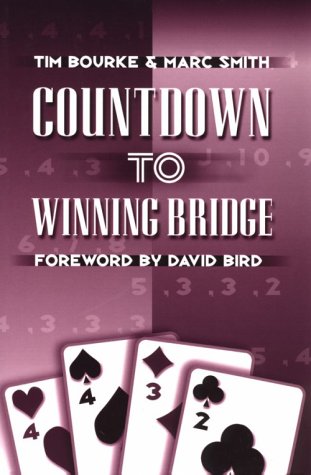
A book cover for Countdown to Winning Bridge; Tim Bourke; Humor & Entertainment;